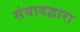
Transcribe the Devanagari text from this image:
संवादद्वारा